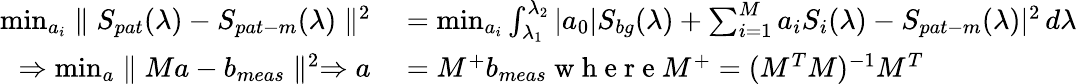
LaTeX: \begin{array}{rl}{\operatorname*{min}_{a_{i}}\parallel S_{pat}(\lambda)-S_{pat-m}(\lambda)\parallel^{2}}&{{}=\operatorname*{min}_{a_{i}}\int_{\lambda_{1}}^{\lambda_{2}}|a_{0}|S_{bg}(\lambda)+\sum_{i=1}^{M}a_{i}S_{i}(\lambda)-S_{pat-m}(\lambda)|^{2}\, d\lambda}\\ {\Rightarrow\operatorname*{min}_{a}\parallel Ma-b_{meas}\parallel^{2}\Rightarrow a}&{{}=M^{+}b_{meas}\mathrm{~w~h~e~r~e~}M^{+}=(M^{T}M)^{-1}M^{T}}\end{array}